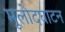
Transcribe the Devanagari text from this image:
मूलोदघाटन